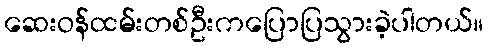
ဆေးဝန်ထမ်းတစ်ဦးကပြောပြသွားခဲ့ပါတယ်။